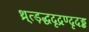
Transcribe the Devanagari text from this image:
थ्र्त्ड़द्धदृद्रण्दृदड्ढ